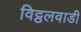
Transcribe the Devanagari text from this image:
विट्ठलवाडी